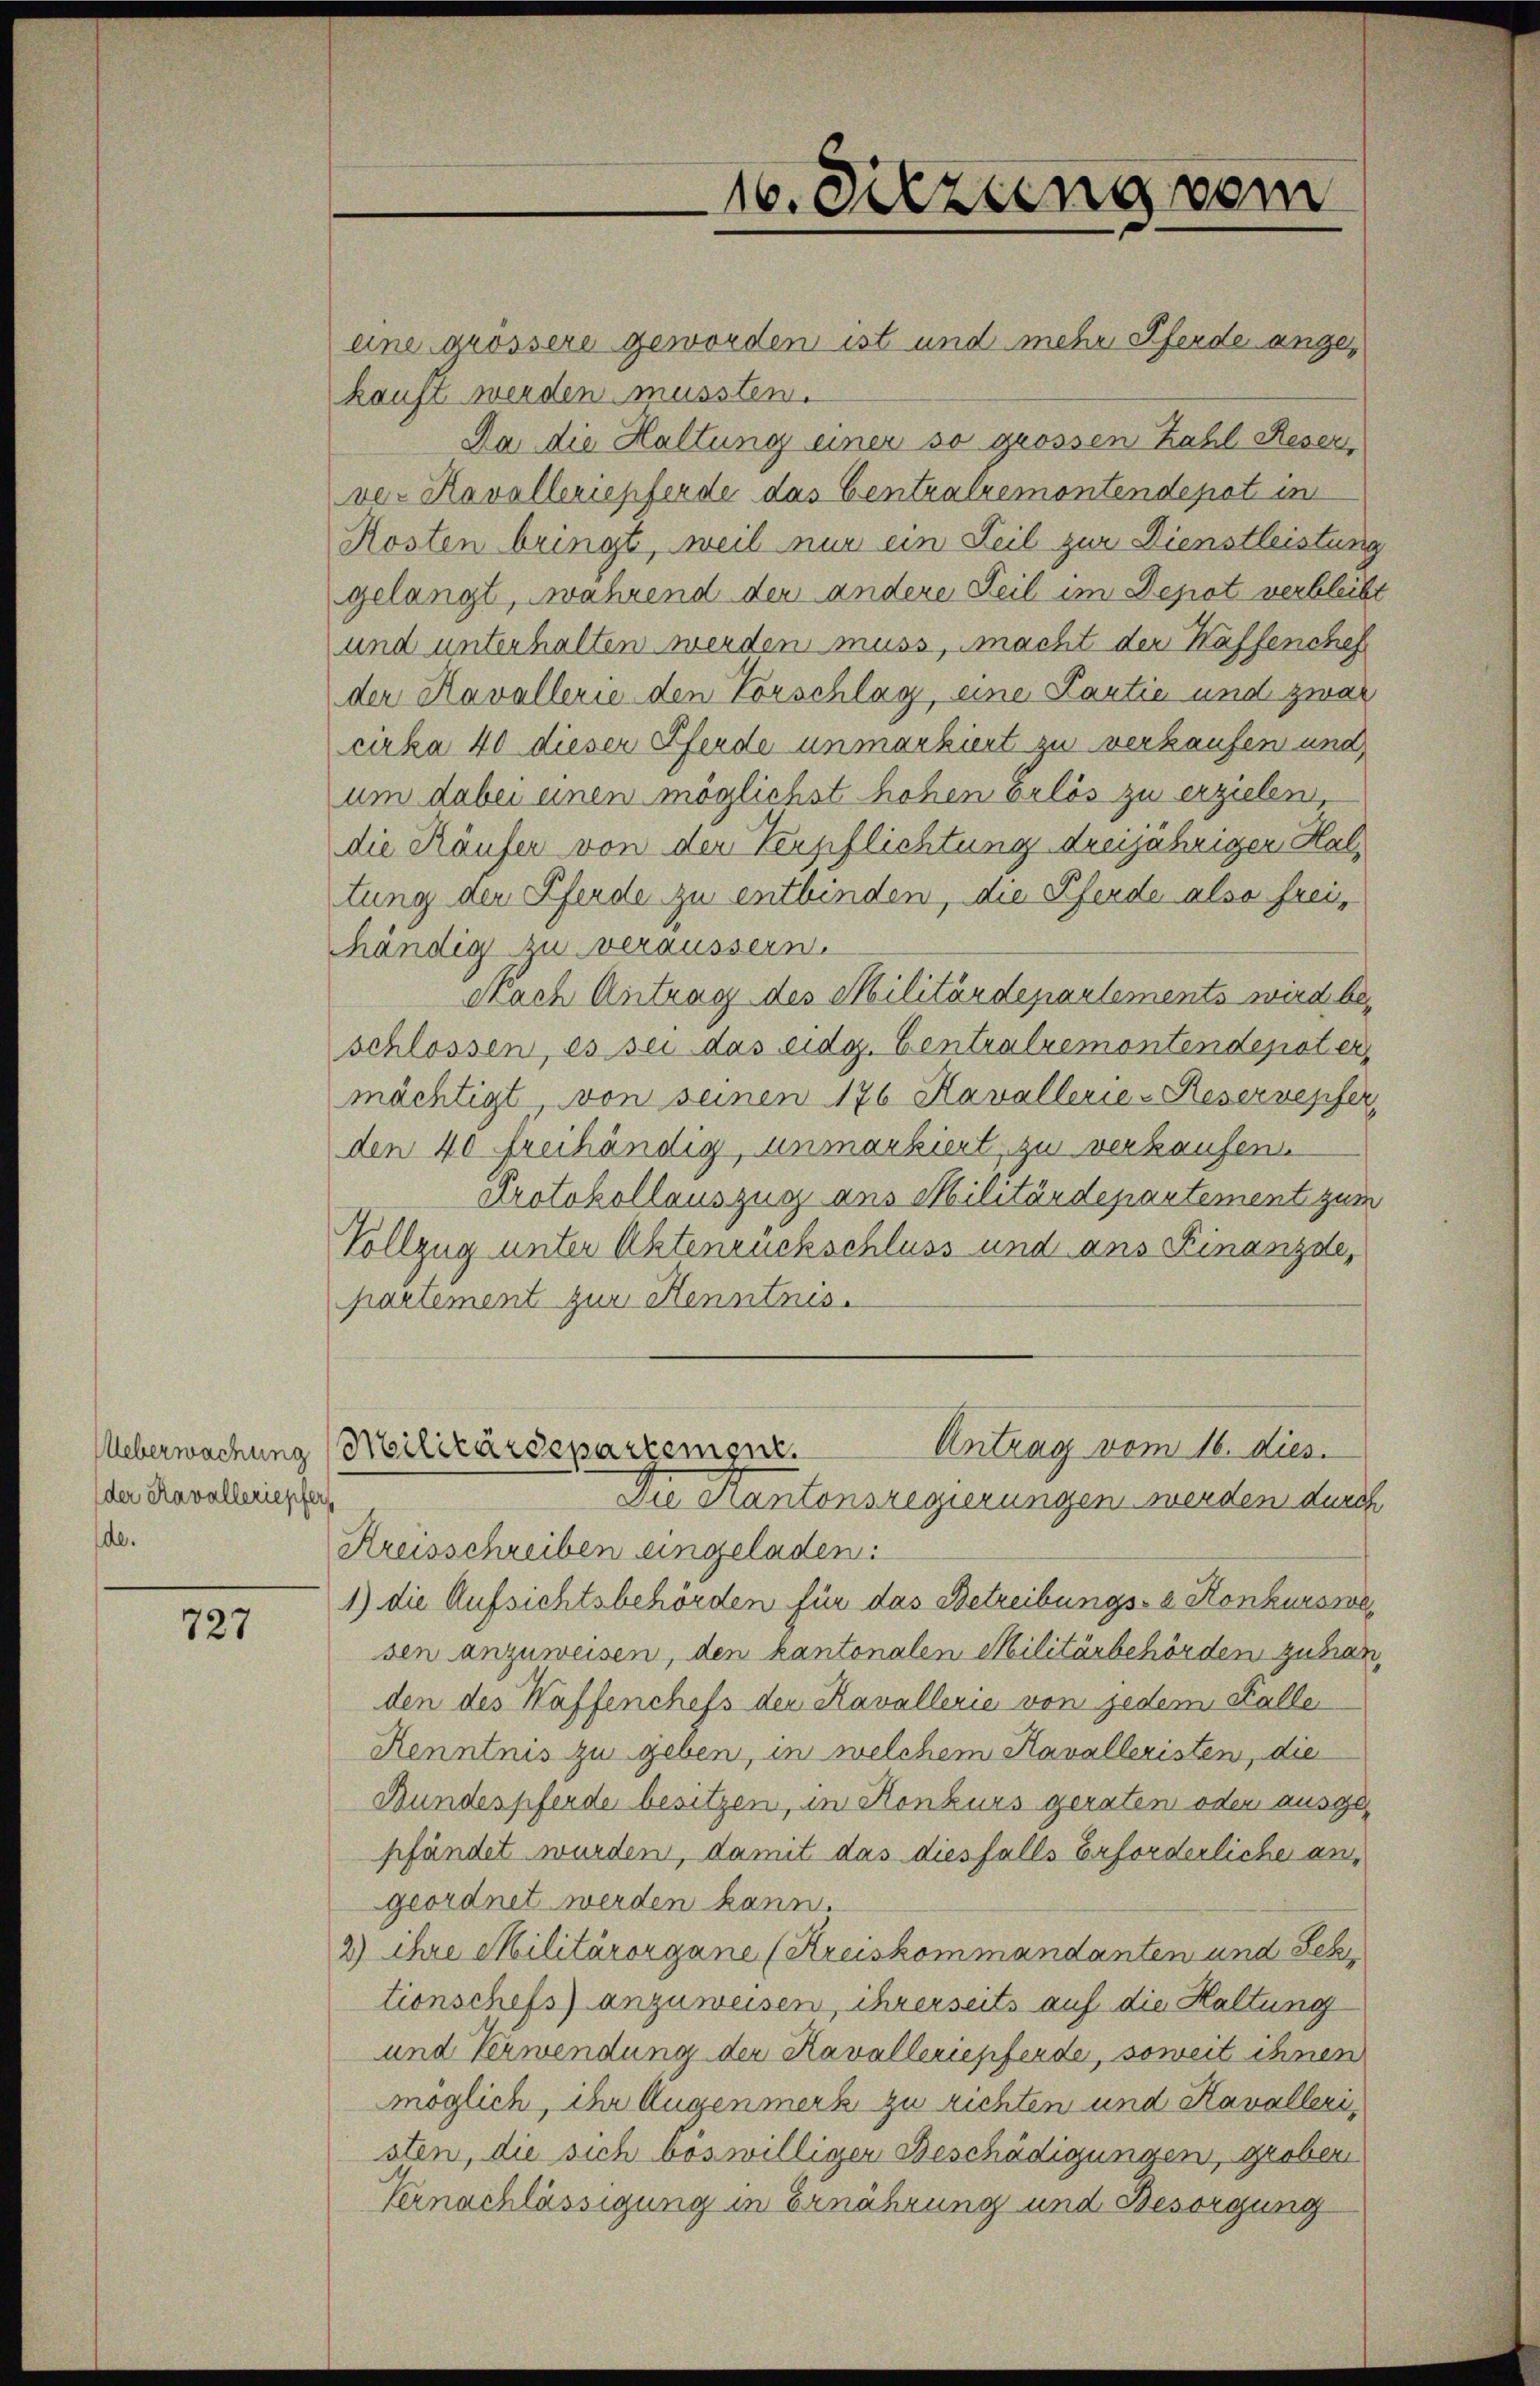
der Kavalleriepfers
de.

727

eine grössere geworden ist und mehr Pferde angekauft werden mussten.
Da die Haltung einer so grossen Zahl Reser,
ver Kavalleriepferde das Centralremontendepot in
Kosten bringt, weil nur ein Teil zur Dienstleistun
gelangt, während der andere Teil im Depot verbleib
und unterhalten werden muss, macht der Kaffenchef
der Kavallerie den Vorschlag, eine Kantie und zwar
cirka 40 dieser Pferde unmarkiert zu verkaufen und
um dabei einen möglichst hohen Erlös zu erzielen,
die Käufer von der Verpflichtung dreijährigen Haltung der Pferde zu entbinden, die Pferde also frei,
händig zu veräussern.
Nach Antrag des Militärdepartements wird beschlossen, es sei das eidg. Centralremontendepater
mächtigt von seinen 176 Kavallerie-Reservepfer,
den 40 freihändig, unmarkiert, zu verkaufen.
Protokollauszug aus Militärdepartement zum
Vollzug unter Aktenruckschluss und ans Finanzde,
partement zur Kenntnis.
Antrag vom 16. dies.
Ueberwachung Militärdepartement.
Die Hantonsregierungen werden durc
Kreisschreiben eingeladen.
1) die Aufsichtsbehörden für das Betreibungs- & Konkurswe
sen anzuweisen, den kantonalen Militärbehörden zuhan
den des Waffenchefs der Kavallerie von jedem Falle
Renntnis zu geben, in welchem Kavalleristen, die
Bundespferde besitzen, in Konkurs geraten oder ausgepfändet wurden, damit das diesfalls Erforderliche angeordnet werden kann.
2) ihre Militärorgane (Kreiskommandanten und Sch
tionschefs) anzuweisen, ihrerseits auf die Haltung
und Verwendung der Kavallerieffende, soweit ihnen
möglich, ihr Augenmerk zu richten und Kavalleristen, die sich böswilligen Beschädigungen, groben
Vernachlässigung in Ernährung und Besorgung

16. Sitzung vom